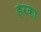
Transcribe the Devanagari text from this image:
हेरका